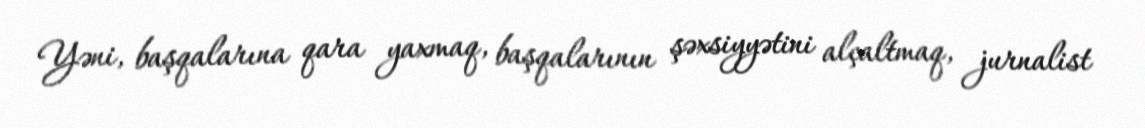
Yəni, başqalarına qara yaxmaq, başqalarının şəxsiyyətini alçaltmaq, jurnalist